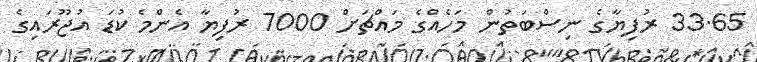
33.65 ރުފިޔާގެ ނިސްބަތުން މަހެއްގެ މައްޗަށް 7000 ރުފިޔާ އެންމެ ކުޑަ އުޖޫރައިގެ